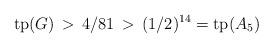
LaTeX: \begin{align*}\mathrm{tp}(G) \,>\, 4/81 \,>\, (1/2)^{14} = \mathrm{tp}(A_5) \end{align*}